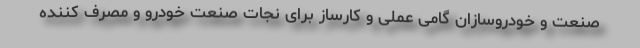
صنعت و خودروسازان گامی عملی و کارساز برای نجات صنعت خودرو و مصرف کننده